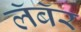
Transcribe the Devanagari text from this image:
लॅबॅर